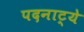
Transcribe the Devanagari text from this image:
पदनाट्ये